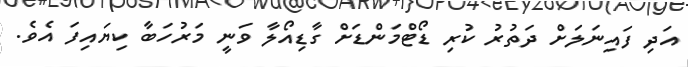
އަދި ފައިނަލަށް ދަތުރު ކުރި ޑޯޓްމަންޑަށް ގާޑިއޯލާ ވަނީ މަރުހަބާ ކިޔައިފަ އެވެ.